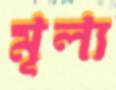
মূল্য